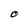
Character: O